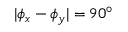
| \phi _ { x } - \phi _ { y } | = 9 0 ^ { \circ }